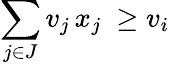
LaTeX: \sum_{j\in J}v_{j}\, x_{j}\ \geq v_{i}